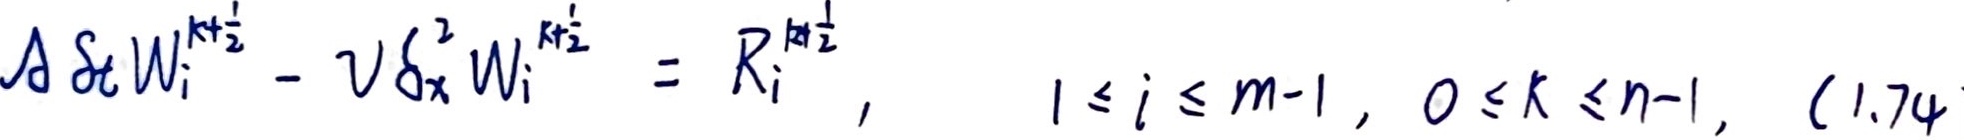
$\Delta \delta_{t} W_{i}^{k+\frac{1}{2}}-\nu \delta_{x}^{2} W_{i}^{k+\frac{1}{2}}=R_{i}^{k+\frac{1}{2}}, \quad 1 \leq i \leq m - 1, \ 0 \leq k \leq n - 1, \ (1.74)$